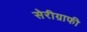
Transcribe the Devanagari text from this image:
सेरीग्राफी